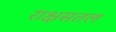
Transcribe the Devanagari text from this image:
राक्षसतल